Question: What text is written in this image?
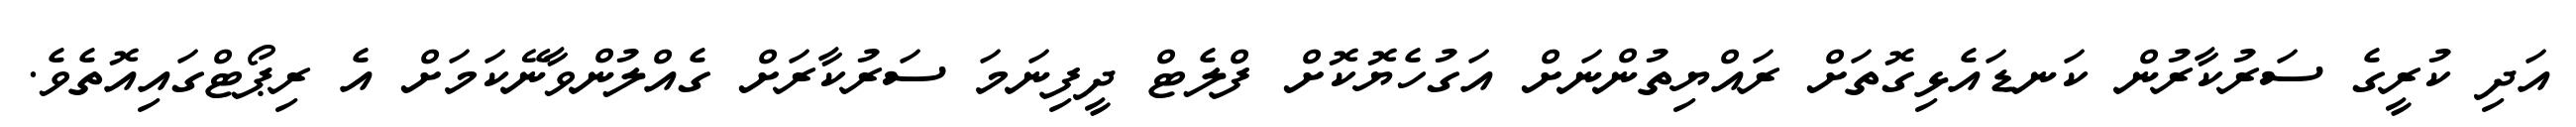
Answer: އަދި ކުރީގެ ސަރުކާރުން ކަނޑައެޅިގޮތަށް ރައްޔިތުންނަށް އަގުހެޔޮކޮށް ފްލެޓް ދީފިނަމަ ސަރުކާރަށް ގެއްލުންވާނޭކަމަށް އެ ރިޕޯޓްގައިއޮތެވެ.